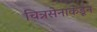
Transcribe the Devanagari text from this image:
चित्रसेनाकडून